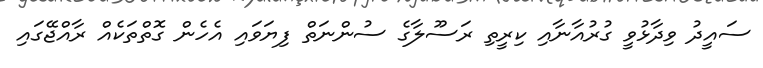
ސައީދު ވިދާޅުވީ ގުރުއާނާއި ކިރީތި ރަސޫލާގެ ސުންނަތް ފިޔަވައި އެހެން ގޮތްތަކެއް ރާއްޖޭގައި